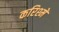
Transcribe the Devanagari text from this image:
करिश्में